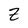
Character: Z